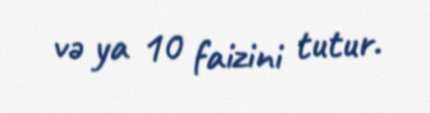
və ya 10 faizini tutur.